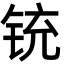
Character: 铳